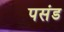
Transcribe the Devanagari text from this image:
पसंड